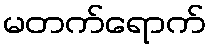
မတက်ရောက်